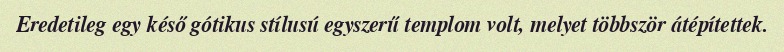
Eredetileg egy késő gótikus stílusú egyszerű templom volt, melyet többször átépítettek.